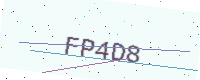
Text: FP4D8